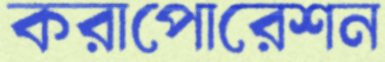
করাপোরেশন